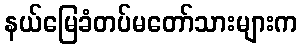
နယ်မြေခံတပ်မတော်သားများက